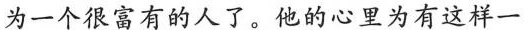
为一个很富有的人了。他的心里为有这样一